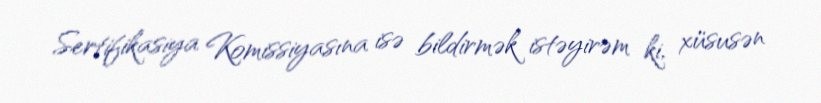
Sertifikasiya Komissiyasına isə bildirmək istəyirəm ki, xüsusən